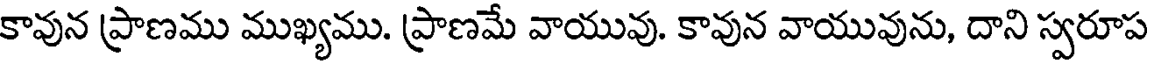
కావున ప్రాణము ముఖ్యము. ప్రాణమే వాయువు. కావున వాయువును, దాని స్వరూప